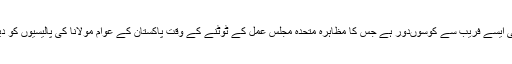
جماعت اسلامی ایسے فریب سے کوسوںدور ہے جس کا مظاہرہ متحدہ مجلس عمل کے ٹوٹنے کے وقت پاکستان کے عوام مولانا کی پالیسیوں کو دیکھ چکے ہیں۔